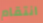
انتقام